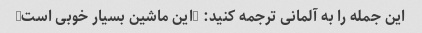
این جمله را به آلمانی ترجمه کنید: "این ماشین بسیار خوبی است"